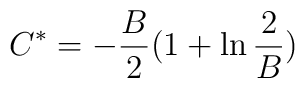
C^{*}=-\frac{B}{2}(1+\ln \frac{2}{B})